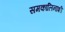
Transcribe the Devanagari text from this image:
समकालिनाशी